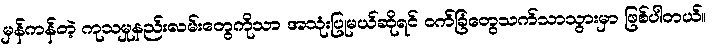
မှန်ကန်တဲ့ ကုသမှုနည်းလမ်းတွေကိုသာ အသုံးပြုမယ်ဆိုရင် ဝက်ခြံတွေသက်သာသွားမှာ ဖြစ်ပါတယ်။